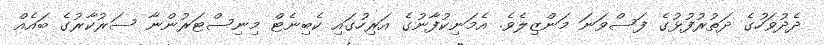
ދެދުވަހުގެ ދަތުރުފުޅުގެ ފަސްވަނަ މަންޒިލެވެ. އެމަނިކުފާނުގެ އަރިހުގައި ކެބިނެޓް މިނިސްޓަރުންނާ ސަރުކާރުގެ ބައެއް